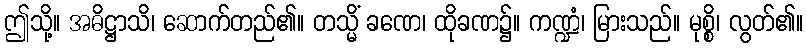
ဤသို့။ အဓိဋ္ဌာသိ၊ ဆောက်တည်၏။ တသ္မိံ ခဏေ၊ ထိုခဏ၌။ ကဏ္ဍံ၊ မြားသည်။ မုစ္စိ၊ လွတ်၏။